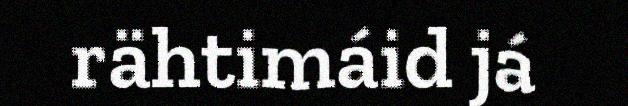
rähtimáid já